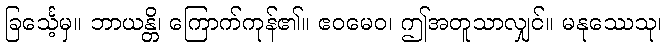
ခြင်္သေ့မှ။ ဘာယန္တိ၊ ကြောက်ကုန်၏။ ဧဝမေဝ၊ ဤအတူသာလျှင်။ မနုဿေသု၊